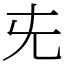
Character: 兂